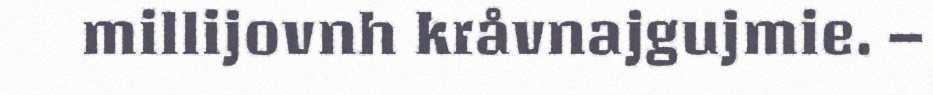
millijovnh kråvnajgujmie. –